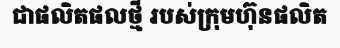
ជាផលិតផលថ្មី របស់ក្រុមហ៊ុនផលិត